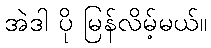
အဲဒါ ပို မြန်လိမ့်မယ်။